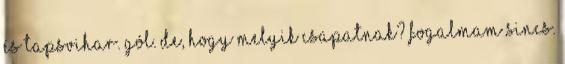
és tapsvihar. Gól. de, hogy melyik csapatnak? Fogalmam sincs.